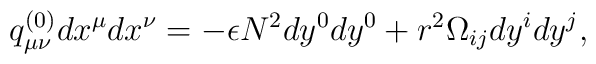
q^{(0)}_{\mu\nu}dx^{\mu}dx^{\nu} = 	-\epsilon N^2dy^{0}dy^{0} + r^2\Omega_{ij}dy^idy^j,